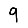
Digit: 9